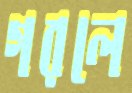
গরলে